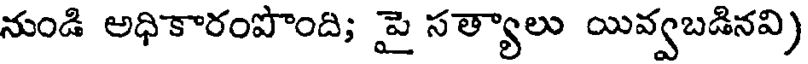
నుండి అధికారంపొంది; పై సత్యాలు యివ్వబడినవి)